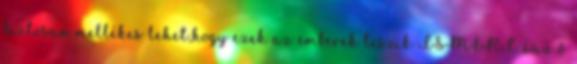
biztosan mellékes lehet,hogy ezek az emberek teszik ISMERT-é.az ő